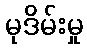
မုဒိမ်းမှု